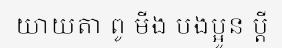
យាយតា ពូ មីង បងប្អូន ប្តី